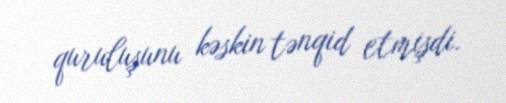
quruluşunu kəskin tənqid etmişdi.